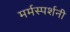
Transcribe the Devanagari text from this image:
मर्मस्पर्शनी